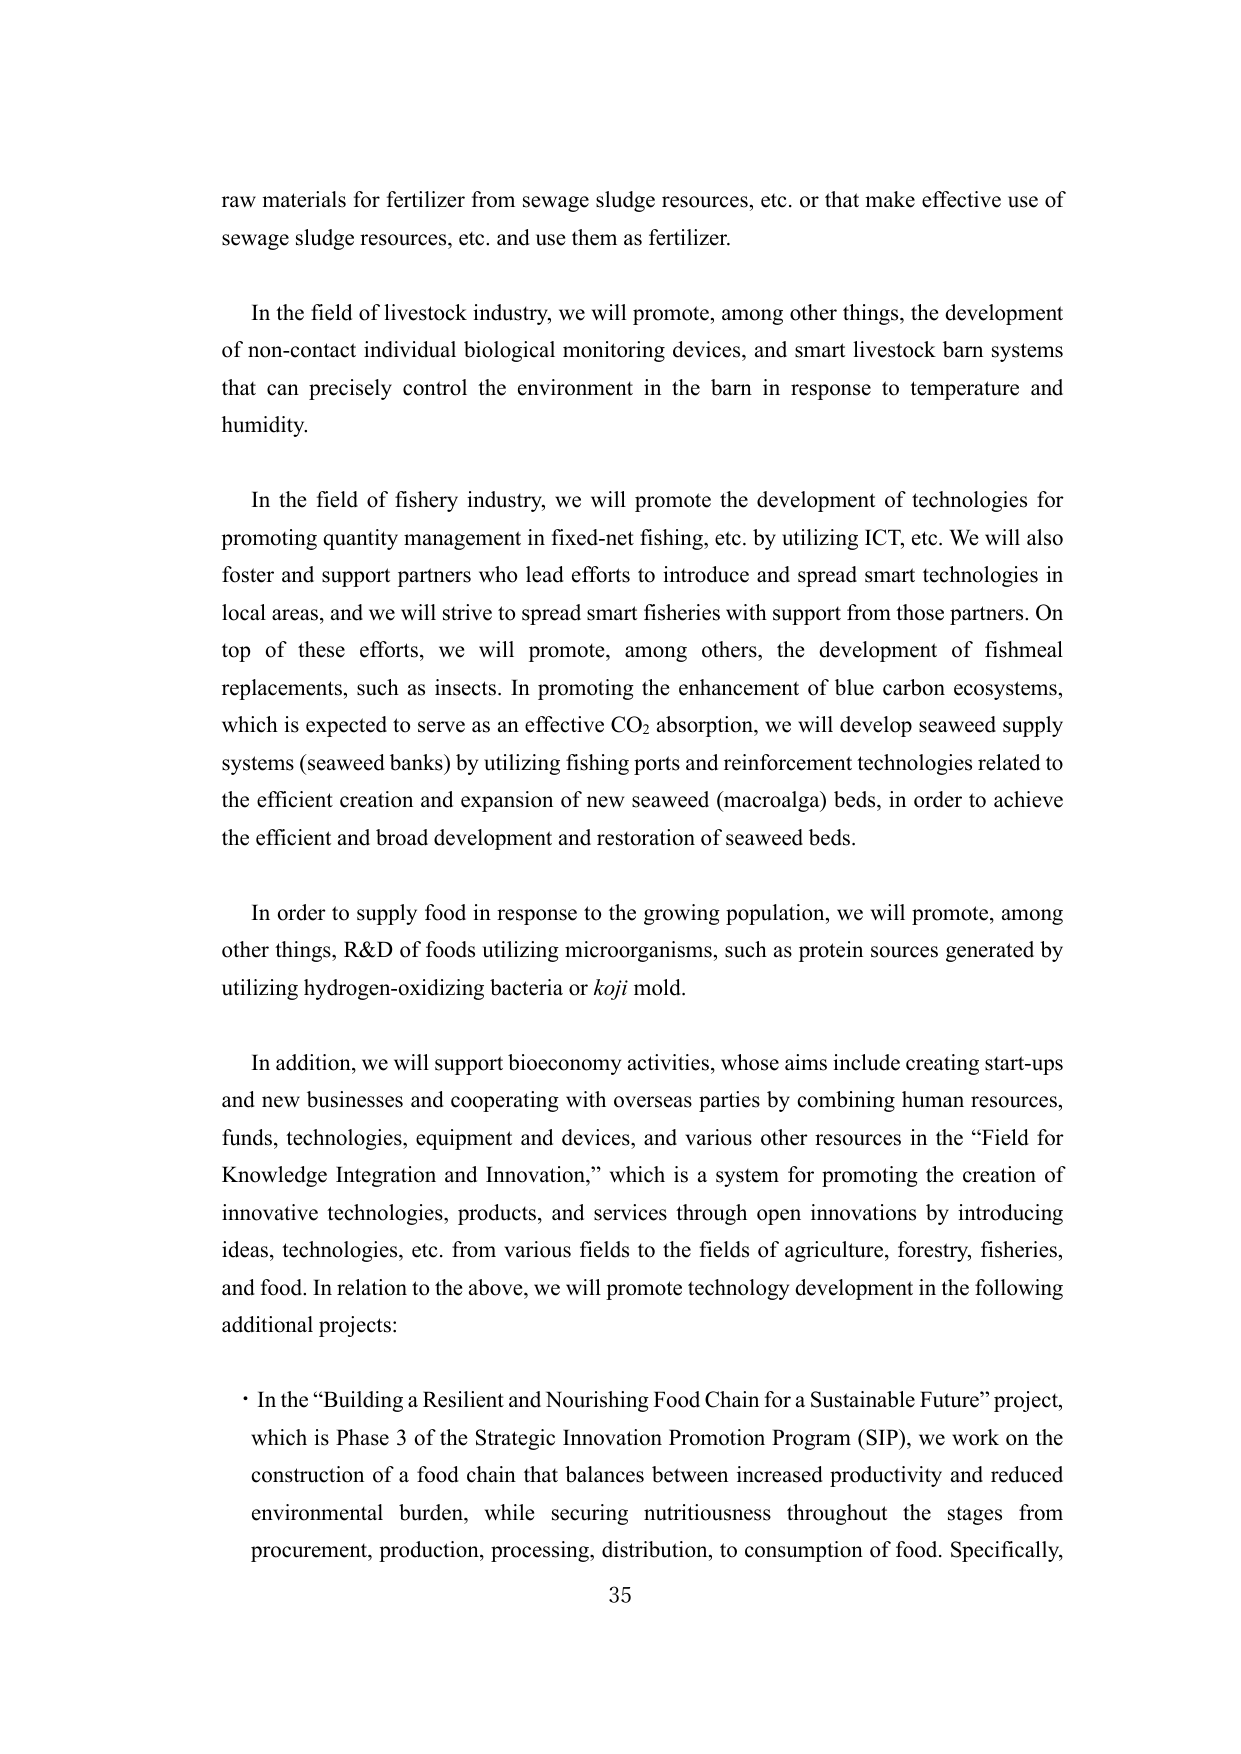
raw materials for fertilizer from sewage sludge resources, etc. or that make effective use of sewage sludge resources, etc. and use them as fertilizer.

In the field of livestock industry, we will promote, among other things, the development of non-contact individual biological monitoring devices, and smart livestock barn systems that can precisely control the environment in the barn in response to temperature and humidity.

In the field of fishery industry, we will promote the development of technologies for promoting quantity management in fixed-net fishing, etc. by utilizing ICT, etc. We will also foster and support partners who lead efforts to introduce and spread smart technologies in local areas, and we will strive to spread smart fisheries with support from those partners. On top of these efforts, we will promote, among others, the development of fishmeal replacements, such as insects. In promoting the enhancement of blue carbon ecosystems, which is expected to serve as an effective CO₂ absorption, we will develop seaweed supply systems (seaweed banks) by utilizing fishing ports and reinforcement technologies related to the efficient creation and expansion of new seaweed (macroalga) beds, in order to achieve the efficient and broad development and restoration of seaweed beds.

In order to supply food in response to the growing population, we will promote, among other things, R&D of foods utilizing microorganisms, such as protein sources generated by utilizing hydrogen-oxidizing bacteria or koji mold.

In addition, we will support bioeconomy activities, whose aims include creating start-ups and new businesses and cooperating with overseas parties by combining human resources, funds, technologies, equipment and devices, and various other resources in the “Field for Knowledge Integration and Innovation,” which is a system for promoting the creation of innovative technologies, products, and services through open innovations by introducing ideas, technologies, etc. from various fields to the fields of agriculture, forestry, fisheries, and food. In relation to the above, we will promote technology development in the following additional projects:

• In the “Building a Resilient and Nourishing Food Chain for a Sustainable Future” project, which is Phase 3 of the Strategic Innovation Promotion Program (SIP), we work on the construction of a food chain that balances between increased productivity and reduced environmental burden, while securing nutritiousness throughout the stages from procurement, production, processing, distribution, to consumption of food. Specifically,

35